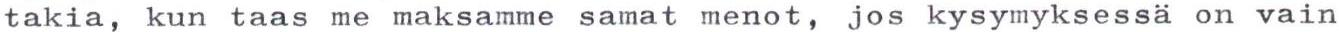
takia, kun taas me maksamme samat menot, jos kysymyksessä on vain